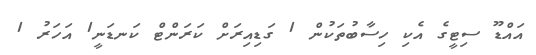
އައްޑޫ ސިޓީގެ އެކި ހިސާބުތަކުން 1 ގަޑިއިރަށް ކަރަންޓް ކަނޑަނީ1 އަހަރު 1